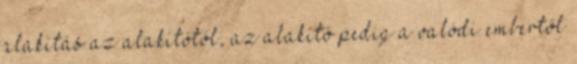
alakítás az alakítótól, az alakító pedig a valódi embertől